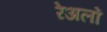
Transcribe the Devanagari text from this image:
रेअलों